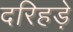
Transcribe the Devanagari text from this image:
दरिहड़े